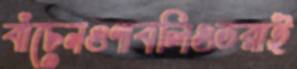
বাঁচেনগুণাবলিওডরাই